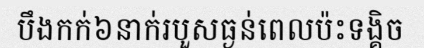
បឹងកក់៦នាក់របួសធ្ងន់ពេលប៉ះទង្គិច